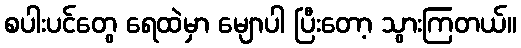
စပါးပင်တွေ ရေထဲမှာ မျောပါ ပြီးတော့ သွားကြတယ်။